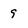
Character: 9